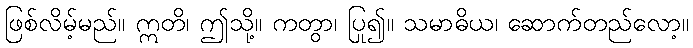
ဖြစ်လိမ့်မည်။ ဣတိ၊ ဤသို့။ ကတွာ၊ ပြု၍။ သမာဓိယ၊ ဆောက်တည်လော့။